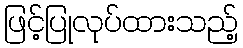
ဖြင့်ပြုလုပ်ထားသည့်